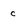
Character: c